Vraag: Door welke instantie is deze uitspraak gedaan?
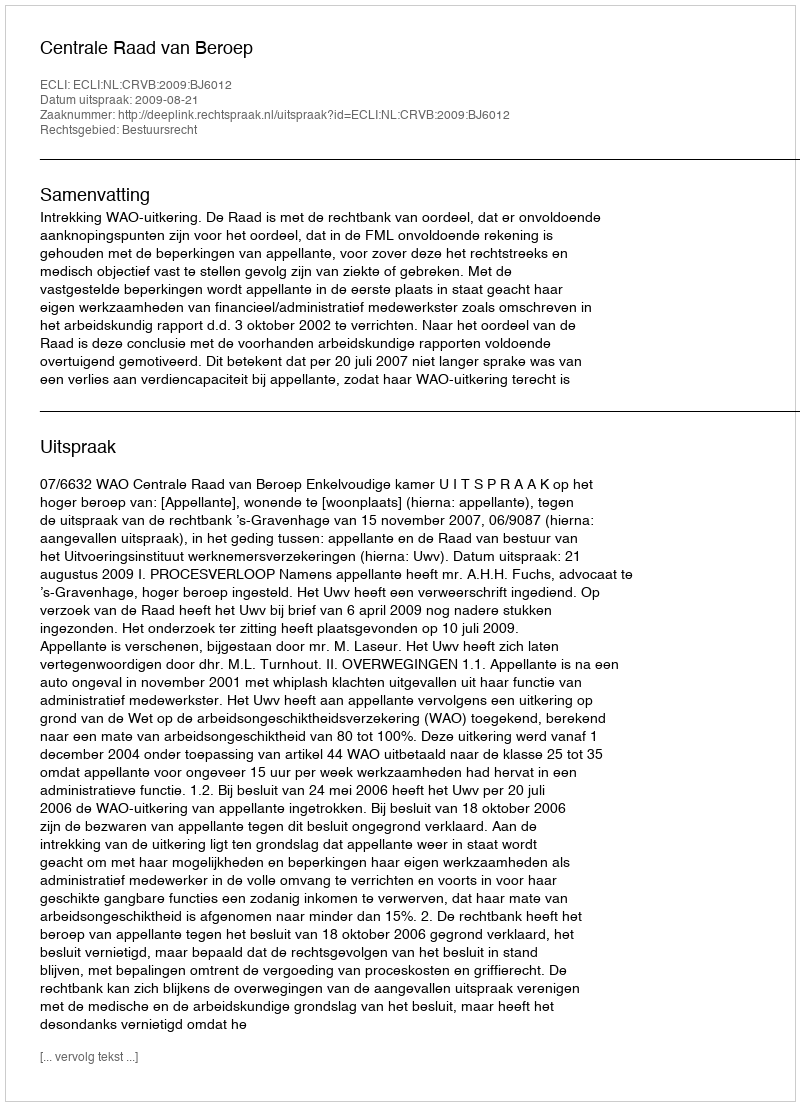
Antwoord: Centrale Raad van Beroep